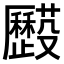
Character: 𠫌